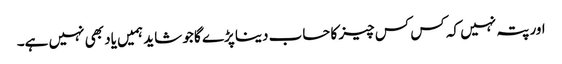
اور پتہ نہیں کہ کس کس چیز کا حساب دینا پڑے گا جو شاید ہمیں یاد بھی نہیں ہے۔